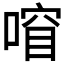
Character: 𫫍